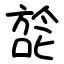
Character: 旕